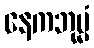
နေကဘုမ္မံ